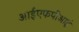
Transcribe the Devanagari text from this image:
आईएफपीआई